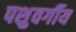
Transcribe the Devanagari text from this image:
पशुवर्गीय